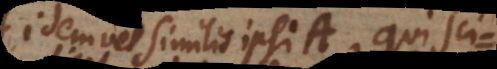
idem vel similis ipsi A, qui scilicet